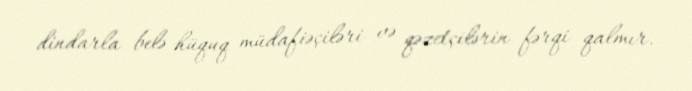
dindarla belə hüquq müdafiəçiləri və qəzetçilərin fərqi qalmır.